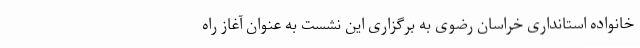
خانواده استانداری خراسان رضوی به برگزاری این نشست به عنوان آغاز راه